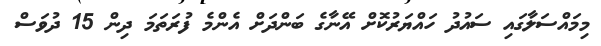
މިމައްސަލާގައި ސައުދު ހައްޔަރުކޮށް އޭނާގެ ބަންދަށް އެންމެ ފުރަތަމަ ދިން 15 ދުވަސް